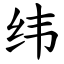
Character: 纬